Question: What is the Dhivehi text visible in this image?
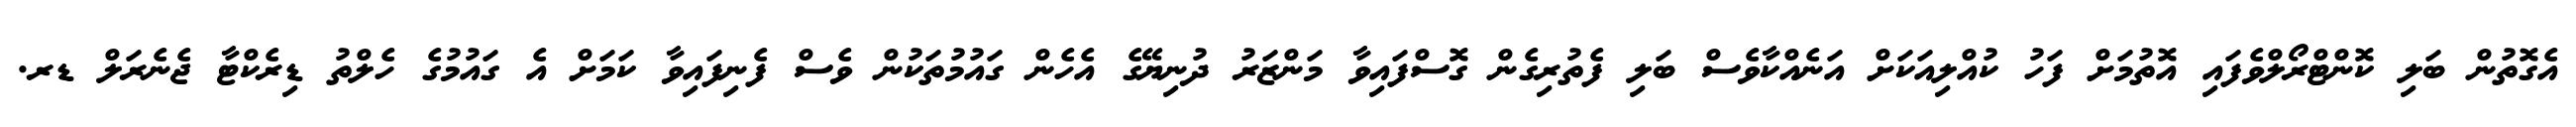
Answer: އެގޮތުން ބަލި ކޮންޓްރޯލްވެފައި އޮތުމަށް ފަހު ކުއްލިއަކަށް އަނެއްކާވެސް ބަލި ފެތުރިގެން ގޮސްފައިވާ މަންޒަރު ދުނިޔޭގެ އެހެން ގައުމުތަކުން ވެސް ފެނިފައިވާ ކަމަށް އެ ގައުމުގެ ހެލްތު ޑިރެކްޓާ ޖެނެރަލް ޑރ.